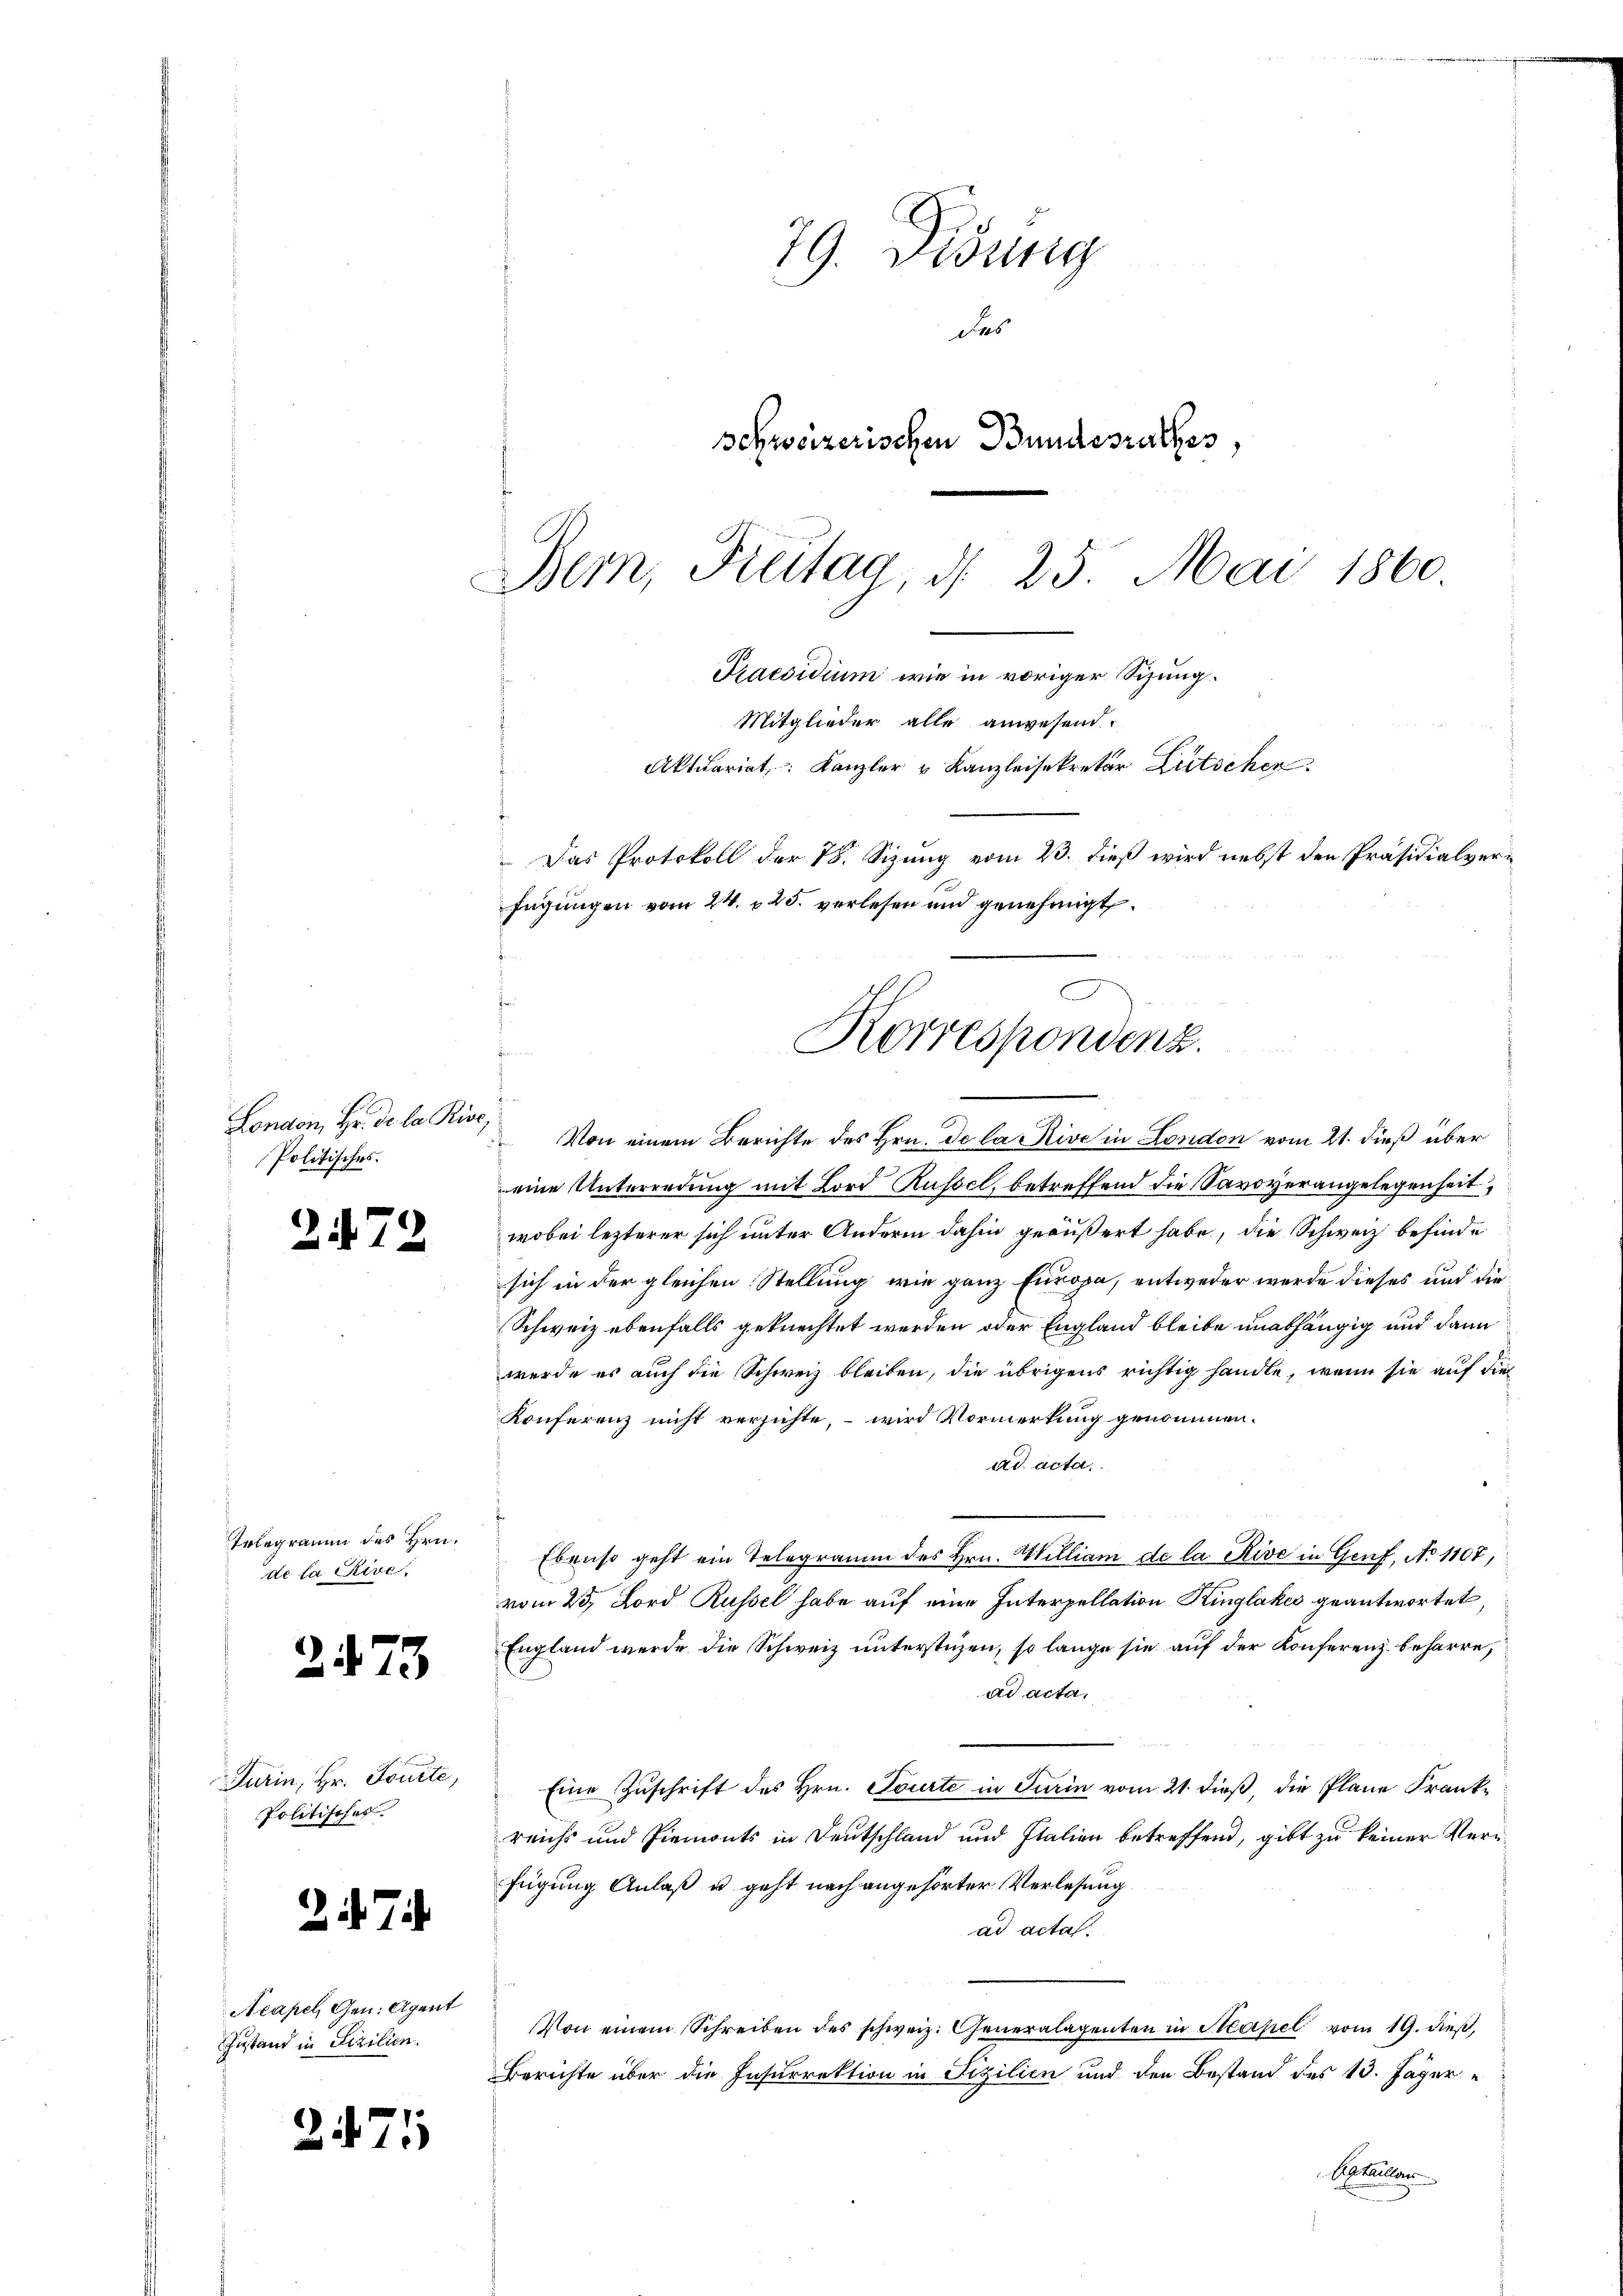
London, Hr. de la Rise,
Politisches.

2472

Telegramm des Hrn.
de la rive

2473

Turin, Hr. Tourte,
Politischek.

.

Neapel, Gen. Agent
Zustand in Sizilien.

2471

79. Disung
des
Schweizerischen Bundesrathes,
Bern, Freitag d. 25. Mai 1860

Praesidium wie in voriger Sizung.
Mitglieder alle anwesend:
Aktuariat, Kanzler u Kanzleisekretär Lütschen
 Das Protokoll der 78. Sizung vom 23. dieß wird nebst den Präsidialverfügungen vom 24. 125. verlesen und genehmigt.
Korrespondenz.
J

Von einem Berichte des Hrn. De la Rive in London vom 21. dieß über
eine Unterredung mit Lord Russel, betreffend die Savoverangelegenheit,
wobei lezterer sich unter Andere dahin geäußert habe, die Schweiz befinde
sich in der gleichen Stellung wie ganz Europa, entweder werde dieses und die
Schweiz ebenfalls geknechtet werden oder England bleibe unabhängig und dann
werde es auch die Schweiz bleiben, die übrigens richtig handle, wenn sie auf die
Konferenz nicht verzichte, – wird Vormerkung genommen.
ad acta.
Ebenso geht ein Telegramm des Hrn. William de la Rive in Genf, No 1107,
vom 23. Lord Russel habe auf eine Interpellation Kinglakes geantwortet,
England werde die Schweiz unterstüzen, so lange sie auf der Konferenz beharre,
ad acta,
Eine Zuschrift des Hrn. Tourte in Turin vom 21. dieß, die Plane Frankreichs und Piemonts in Deutschland und Italien betreffend, gibt zu keiner Verfügung Anlaß u. geht nach angehörter Verlesung
ad actal.
Von einem Schreiben des schweiz. Generalagenten in Masel vom 19. dieß,
Berichte über die Insurrektion in Fizilien und den Bestand des 13. Jäger
Egtaillon